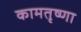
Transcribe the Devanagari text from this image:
कामतृष्णा